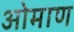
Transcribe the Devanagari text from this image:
ओमाण